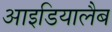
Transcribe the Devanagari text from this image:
आइडियालैब